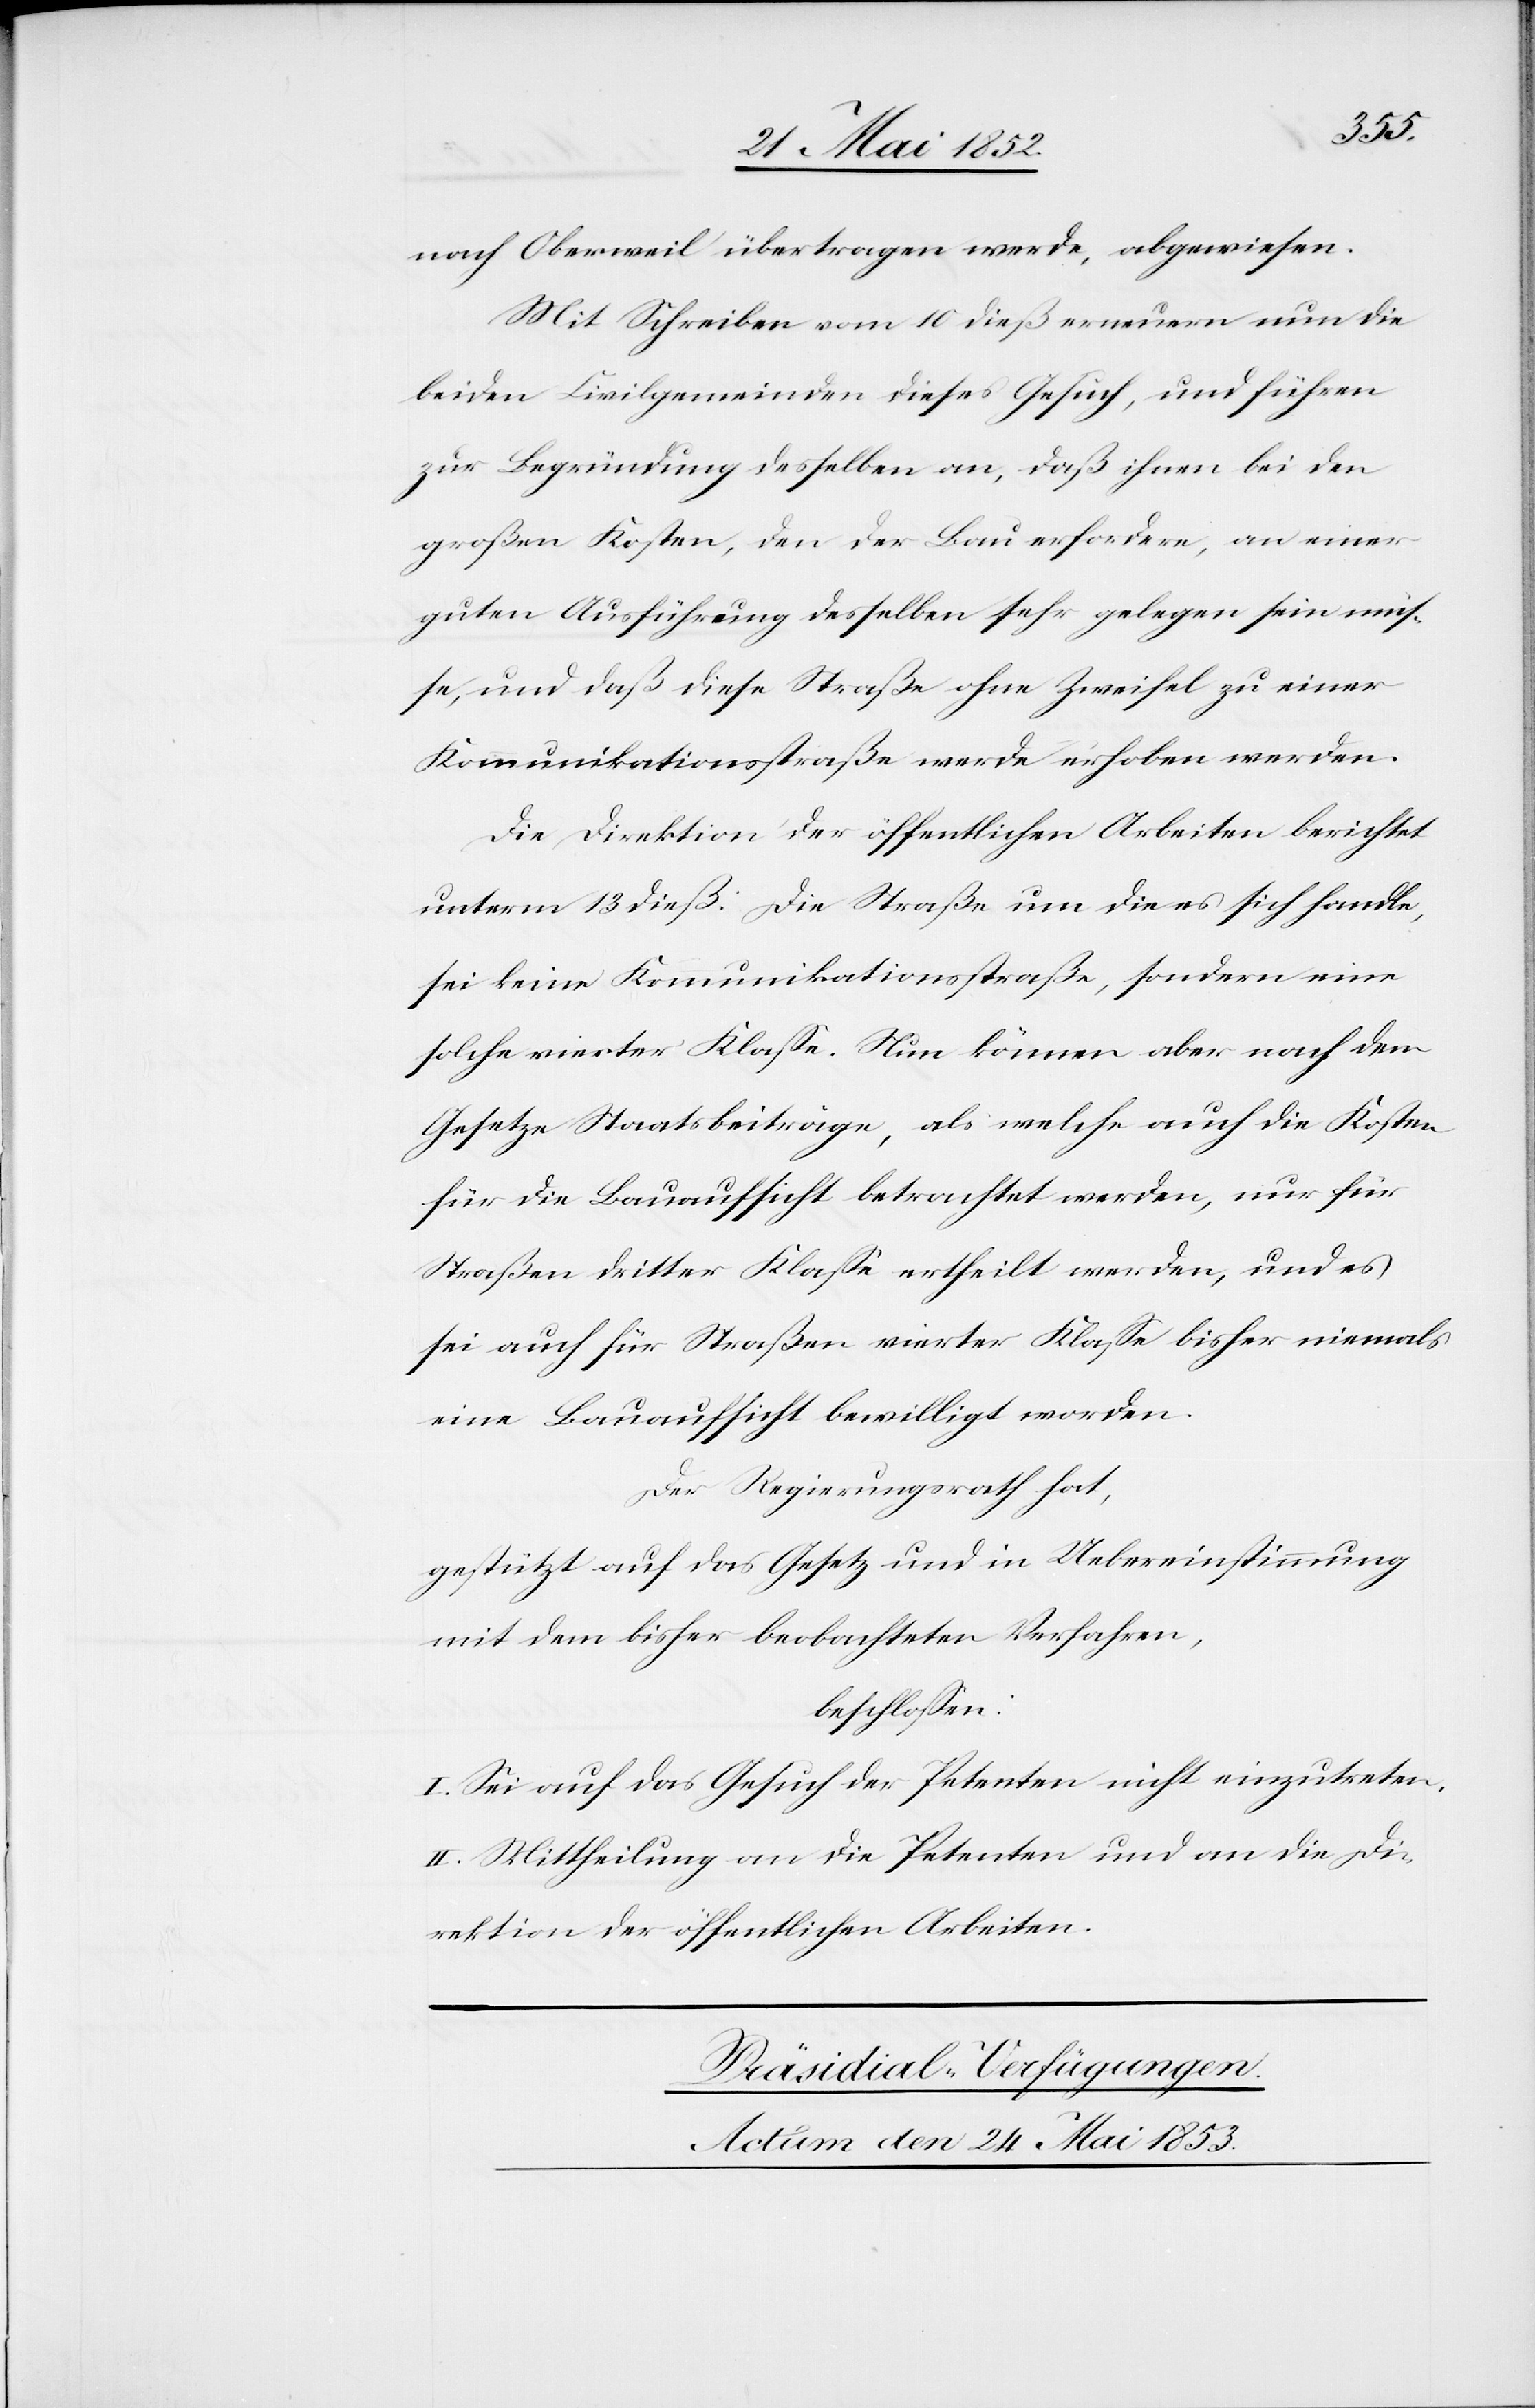
die
nach Oberweil übertragen werde, abgewiesen.
Mit Schreiben vom 10 dieß erneuern nun die
beiden Civilgemeinden dieses Gesuch, und führen
zur Begründung desselben an, daß ihnen bei den
großen Kosten, den der Bau erfordere, an einer
guten Ausführung desselben gelegen sein müß¬
e, und daß diese Straße ohne Zweifel einer
Kommunikationsstraße werde erhoben werden.
Die Direktion der öffentlichen Arbeiten berichtet
unterm 13 dieß: Die Straße um die es sich handle,
sei keine Kommunikationsstraße, sondern eine
solche vierter Klaße. Nun können aber nach dem
Gesetze Staatsbeiträge, als welche auch die Kosten
für die Bauaufsicht betrachtet werden, nur für
Straßen dritter Klaße ertheilt werden, und es
sei auch für Straßen vierter Klaße bisher niemals
eine Bauaufsicht bewilligt worden.
Der Regierungsrath hat,
gestützt auf das Gesetz und in Uebereinstimmung
mit dem bisher beobachteten Verfahren,
beschloßen:
I. Sei auf das Gesuch der Petenten nicht einzutreten.
II. Mittheilung an die Petenten und an die Di¬
rektion der öffentlichen Arbeiten.
Präsidial-Verfügungen.
Actum den 24 Mai 1853.